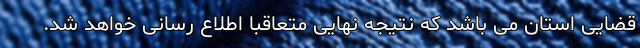
قضایی استان می باشد که نتیجه نهایی متعاقباً اطلاع رسانی خواهد شد.